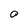
Character: O